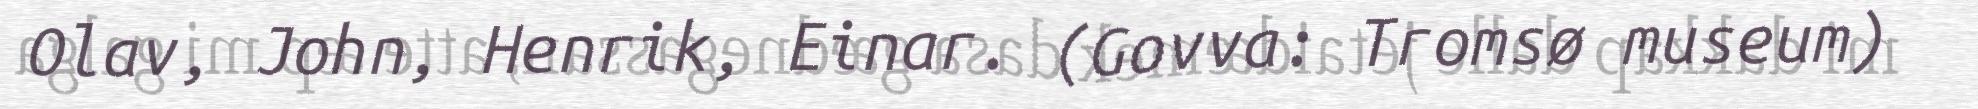
Olav, John, Henrik, Einar. (Govva: Tromsø museum)